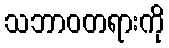
သဘာဝတရားကို